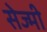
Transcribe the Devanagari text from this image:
सेज्मी